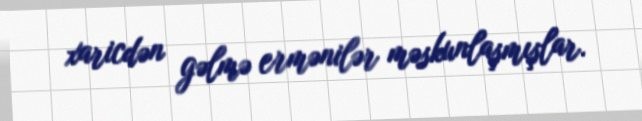
xaricdən gəlmə ermənilər məskunlaşmışlar.